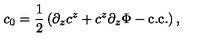
c _ { 0 } = \frac { 1 } { 2 } \left( \partial _ { z } c ^ { z } + c ^ { z } \partial _ { z } \Phi - \mathrm { c . c . } \right) ,